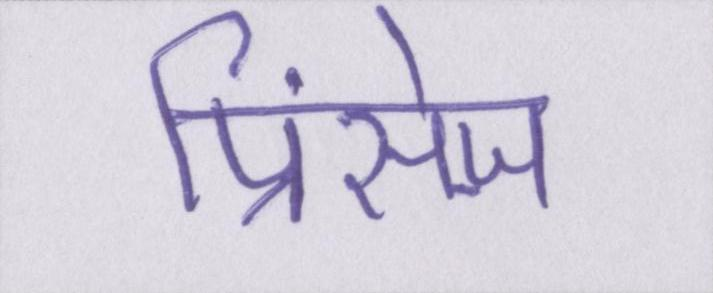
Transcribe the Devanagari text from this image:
प्रिंसेज़